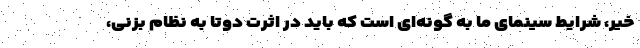
خیر، شرایط سینمای ما به گونه‌ای است که باید در اثرت دوتا به نظام بزنی،